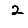
Digit: 2